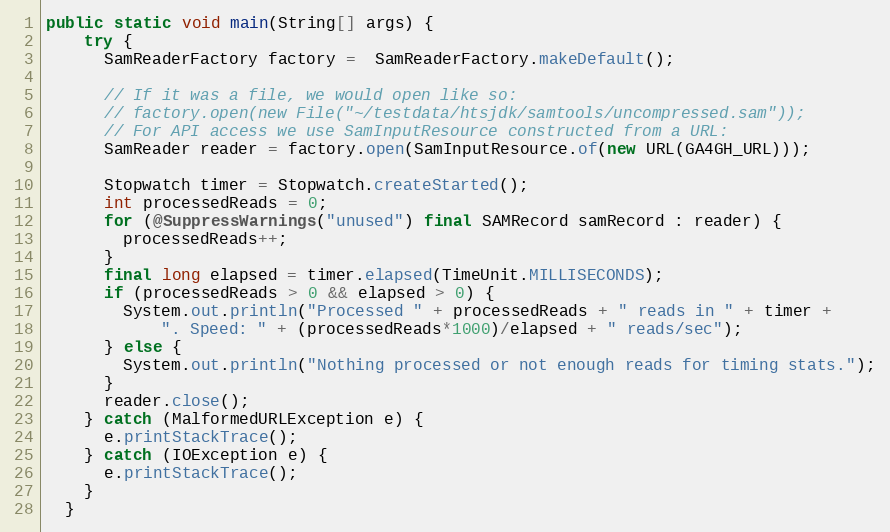
Language: Java
public static void main(String[] args) {
    try {
      SamReaderFactory factory =  SamReaderFactory.makeDefault();

      // If it was a file, we would open like so:
      // factory.open(new File("~/testdata/htsjdk/samtools/uncompressed.sam"));
      // For API access we use SamInputResource constructed from a URL:
      SamReader reader = factory.open(SamInputResource.of(new URL(GA4GH_URL)));

      Stopwatch timer = Stopwatch.createStarted();
      int processedReads = 0;
      for (@SuppressWarnings("unused") final SAMRecord samRecord : reader) {
        processedReads++;
      }
      final long elapsed = timer.elapsed(TimeUnit.MILLISECONDS);
      if (processedReads > 0 && elapsed > 0) {
        System.out.println("Processed " + processedReads + " reads in " + timer +
            ". Speed: " + (processedReads*1000)/elapsed + " reads/sec");
      } else {
        System.out.println("Nothing processed or not enough reads for timing stats.");
      }
      reader.close();
    } catch (MalformedURLException e) {
      e.printStackTrace();
    } catch (IOException e) {
      e.printStackTrace();
    }
  }